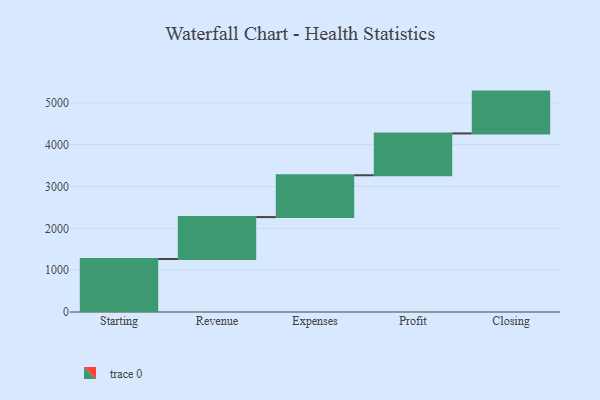
{"axis": {"x": "Step", "y": "Value"}, "legend": [""], "data": [{"x": "Starting", "y": 1267.0, "type": ""}, {"x": "Revenue", "y": 1002.0, "type": ""}, {"x": "Expenses", "y": 1000, "type": ""}, {"x": "Profit", "y": 1000, "type": ""}, {"x": "Closing", "y": 1000, "type": ""}]}